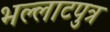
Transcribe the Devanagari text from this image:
भल्लाटपुत्र